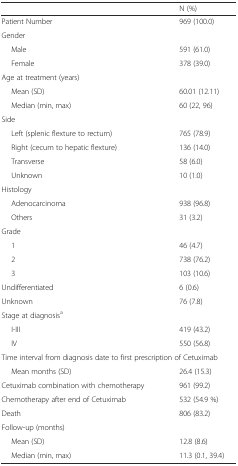
|  | N (%) |
 | --- | --- |
 | Patient Number | 969 (100.0) |
 | <COLSPAN=2> Gender |
 | Male | 591 (61.0) |
 | Female | 378 (39.0) |
 | <COLSPAN=2> Age at treatment (years) |
 | Mean (SD) | 60.01 (12.11) |
 | Median (min, max) | 60 (22, 96) |
 | <COLSPAN=2> Side |
 | Left (splenic flexture to rectum) | 765 (78.9) |
 | Right (cecum to hepatic flexture) | 136 (14.0) |
 | Transverse | 58 (6.0) |
 | Unknown | 10 (1.0) |
 | <COLSPAN=2> Histology |
 | Adenocarcinoma | 938 (96.8) |
 | Others | 31 (3.2) |
 | <COLSPAN=2> Grade |
 | 1 | 46 (4.7) |
 | 2 | 738 (76.2) |
 | 3 | 103 (10.6) |
 | Undifferentiated | 6 (0.6) |
 | Unknown | 76 (7.8) |
 | <COLSPAN=2> Stage at diagnosisa |
 | I-III | 419 (43.2) |
 | IV | 550 (56.8) |
 | <COLSPAN=2> Time interval from diagnosis date to first prescription of Cetuximab |
 | Mean months (SD) | 26.4 (15.3) |
 | Cetuximab combination with chemotherapy | 961 (99.2) |
 | Chemotherapy after end of Cetuximab | 532 (54.9 %) |
 | Death | 806 (83.2) |
 | <COLSPAN=2> Follow-up (months) |
 | Mean (SD) | 12.8 (8.6) |
 | Median (min, max) | 11.3 (0.1, 39.4) |